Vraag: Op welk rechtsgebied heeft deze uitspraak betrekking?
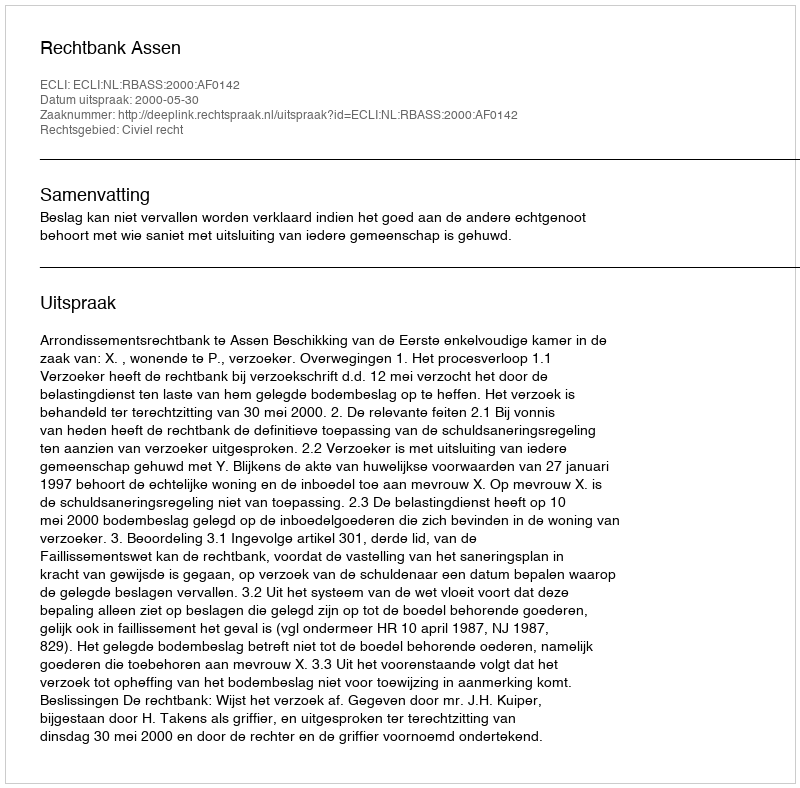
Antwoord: Civiel recht